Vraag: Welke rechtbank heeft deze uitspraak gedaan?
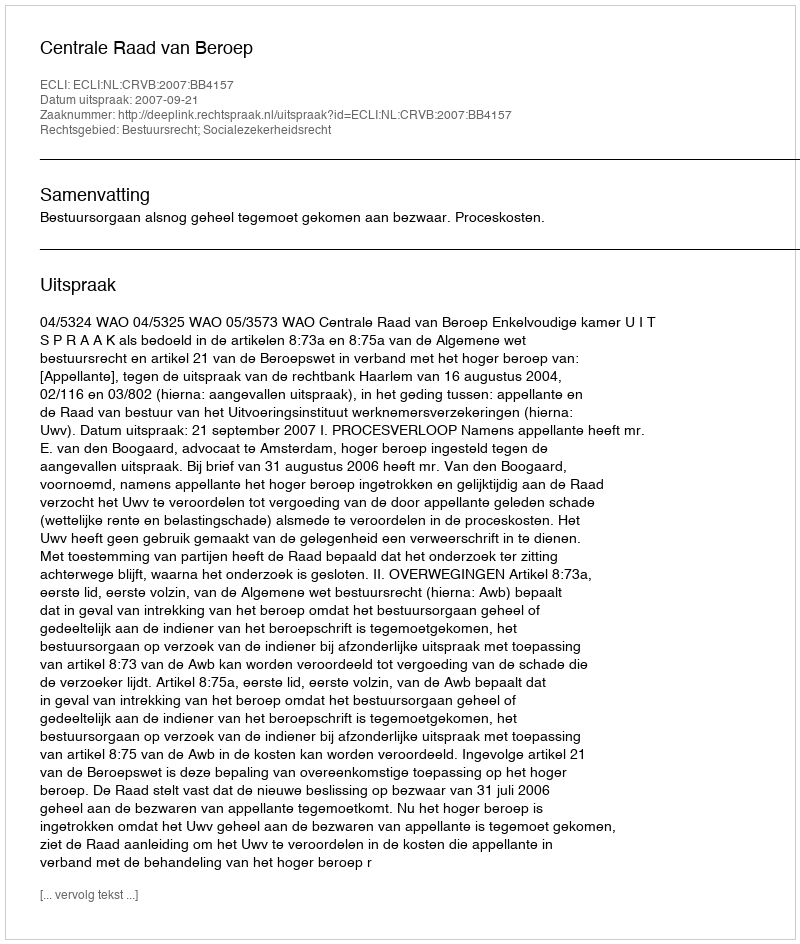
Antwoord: Centrale Raad van Beroep